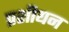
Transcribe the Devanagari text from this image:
प्रशीयन